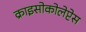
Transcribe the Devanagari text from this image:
क्राइसोकोलेप्टेस